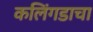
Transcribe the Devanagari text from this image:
कलिंगडाचा